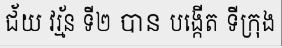
ជ័យ វរ្ម័ន ទី២ បាន បង្កើត ទីក្រុង